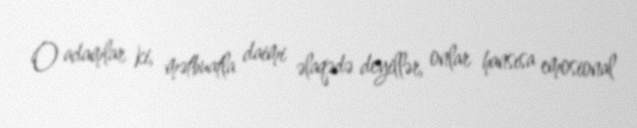
O adamlar ki, mətbuatla daimi əlaqədə deyillər, onlar hansısa emosional